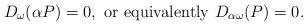
LaTeX: \begin{align*}D_\omega(\alpha P)=0,\,\,{\rm or\,\,equivalently}\,\,D_{\alpha\omega}(P)=0.\end{align*}